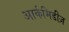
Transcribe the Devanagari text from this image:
आर्कमिडीज़